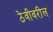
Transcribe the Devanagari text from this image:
ठेवीवरील